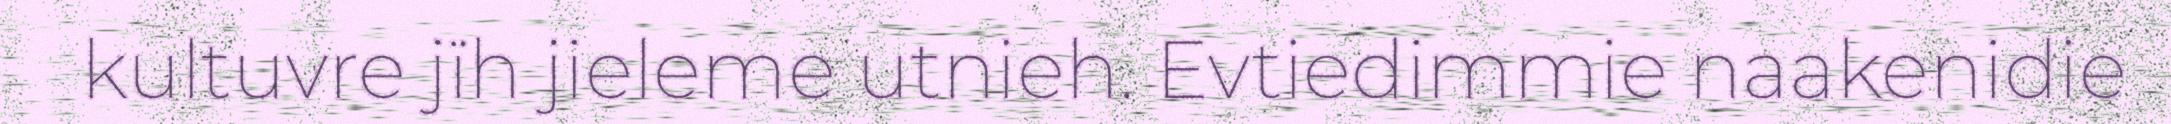
kultuvre jïh jieleme utnieh. Evtiedimmie naakenidie